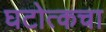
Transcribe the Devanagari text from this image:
घटोत्कचा